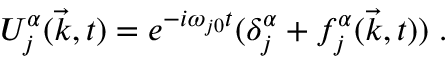
U _ { j } ^ { \alpha } ( \vec { k } , t ) = e ^ { - i \omega _ { j 0 } t } ( \delta _ { j } ^ { \alpha } + f _ { j } ^ { \alpha } ( \vec { k } , t ) ) \; .